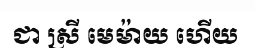
ជា ស្រី មេម៉ាយ ហើយ